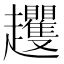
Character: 𧾵